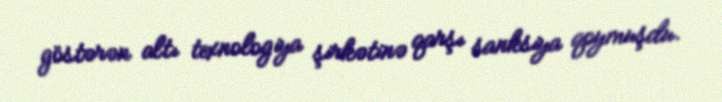
göstərən altı texnologiya şirkətinə qarşı sanksiya qoymuşdu.